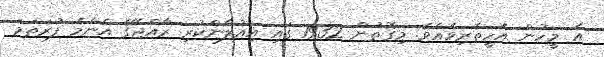
އެ މީހުން އެހީތެރިވެއެވެ. މިގޮތުން 1932 ގައި އިއުލާންކުރި ރާއްޖޭގެ އެންމެ ފުރަތަމަ